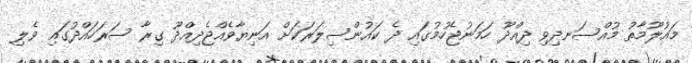
މައުލޫމާތު މުއްސަނދިވި ދިއްދޫ ހަމަނުޖެހުމުގައި ދެ ކައުންސިލަރަކަށް އަނިޔާވެއްޖެދިއްދޫ ގިރާ ސަރަހައްދުގައި ވެލި